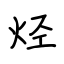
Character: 烃